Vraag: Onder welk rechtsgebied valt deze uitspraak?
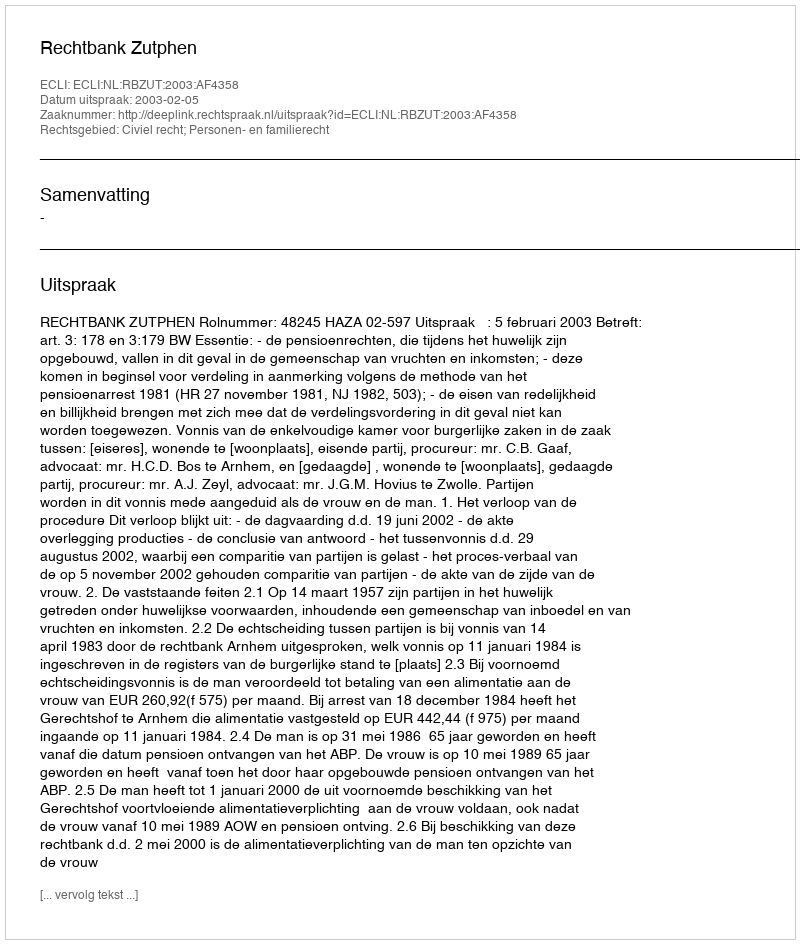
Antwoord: Civiel recht; Personen- en familierecht